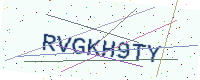
Text: RVGKH9TY